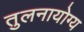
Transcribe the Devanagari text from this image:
तुलनायोग्य